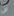
لن